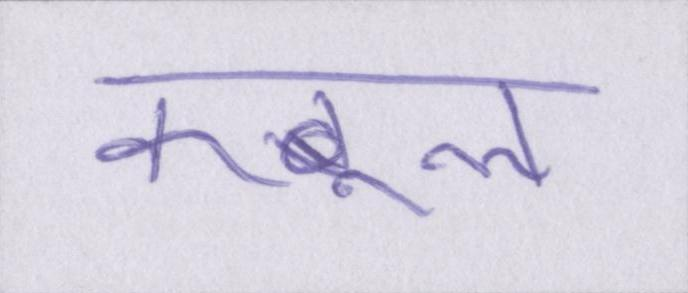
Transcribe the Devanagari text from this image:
कबूल